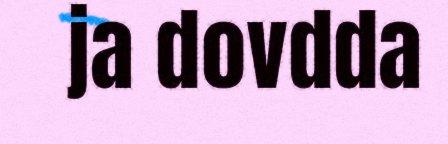
ja dovdda